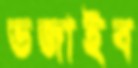
ভজাইব